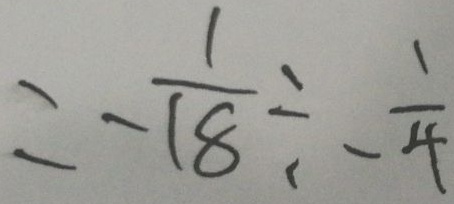
= - \frac { 1 } { 1 8 } \div - \frac { 1 } { 4 }